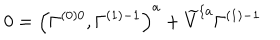
0 = \left( \Gamma _ { } ^ { \left( 0 \right) 0 } , \Gamma _ { } ^ { \left( 1 \right) - 1 } \right) ^ { a } + \widetilde { V } ^ { \{ a } \Gamma _ { } ^ { \left( 1 \right) - 1 }